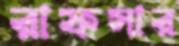
রাফসার